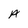
Character: A